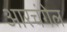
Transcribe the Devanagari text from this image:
आरचंगेल